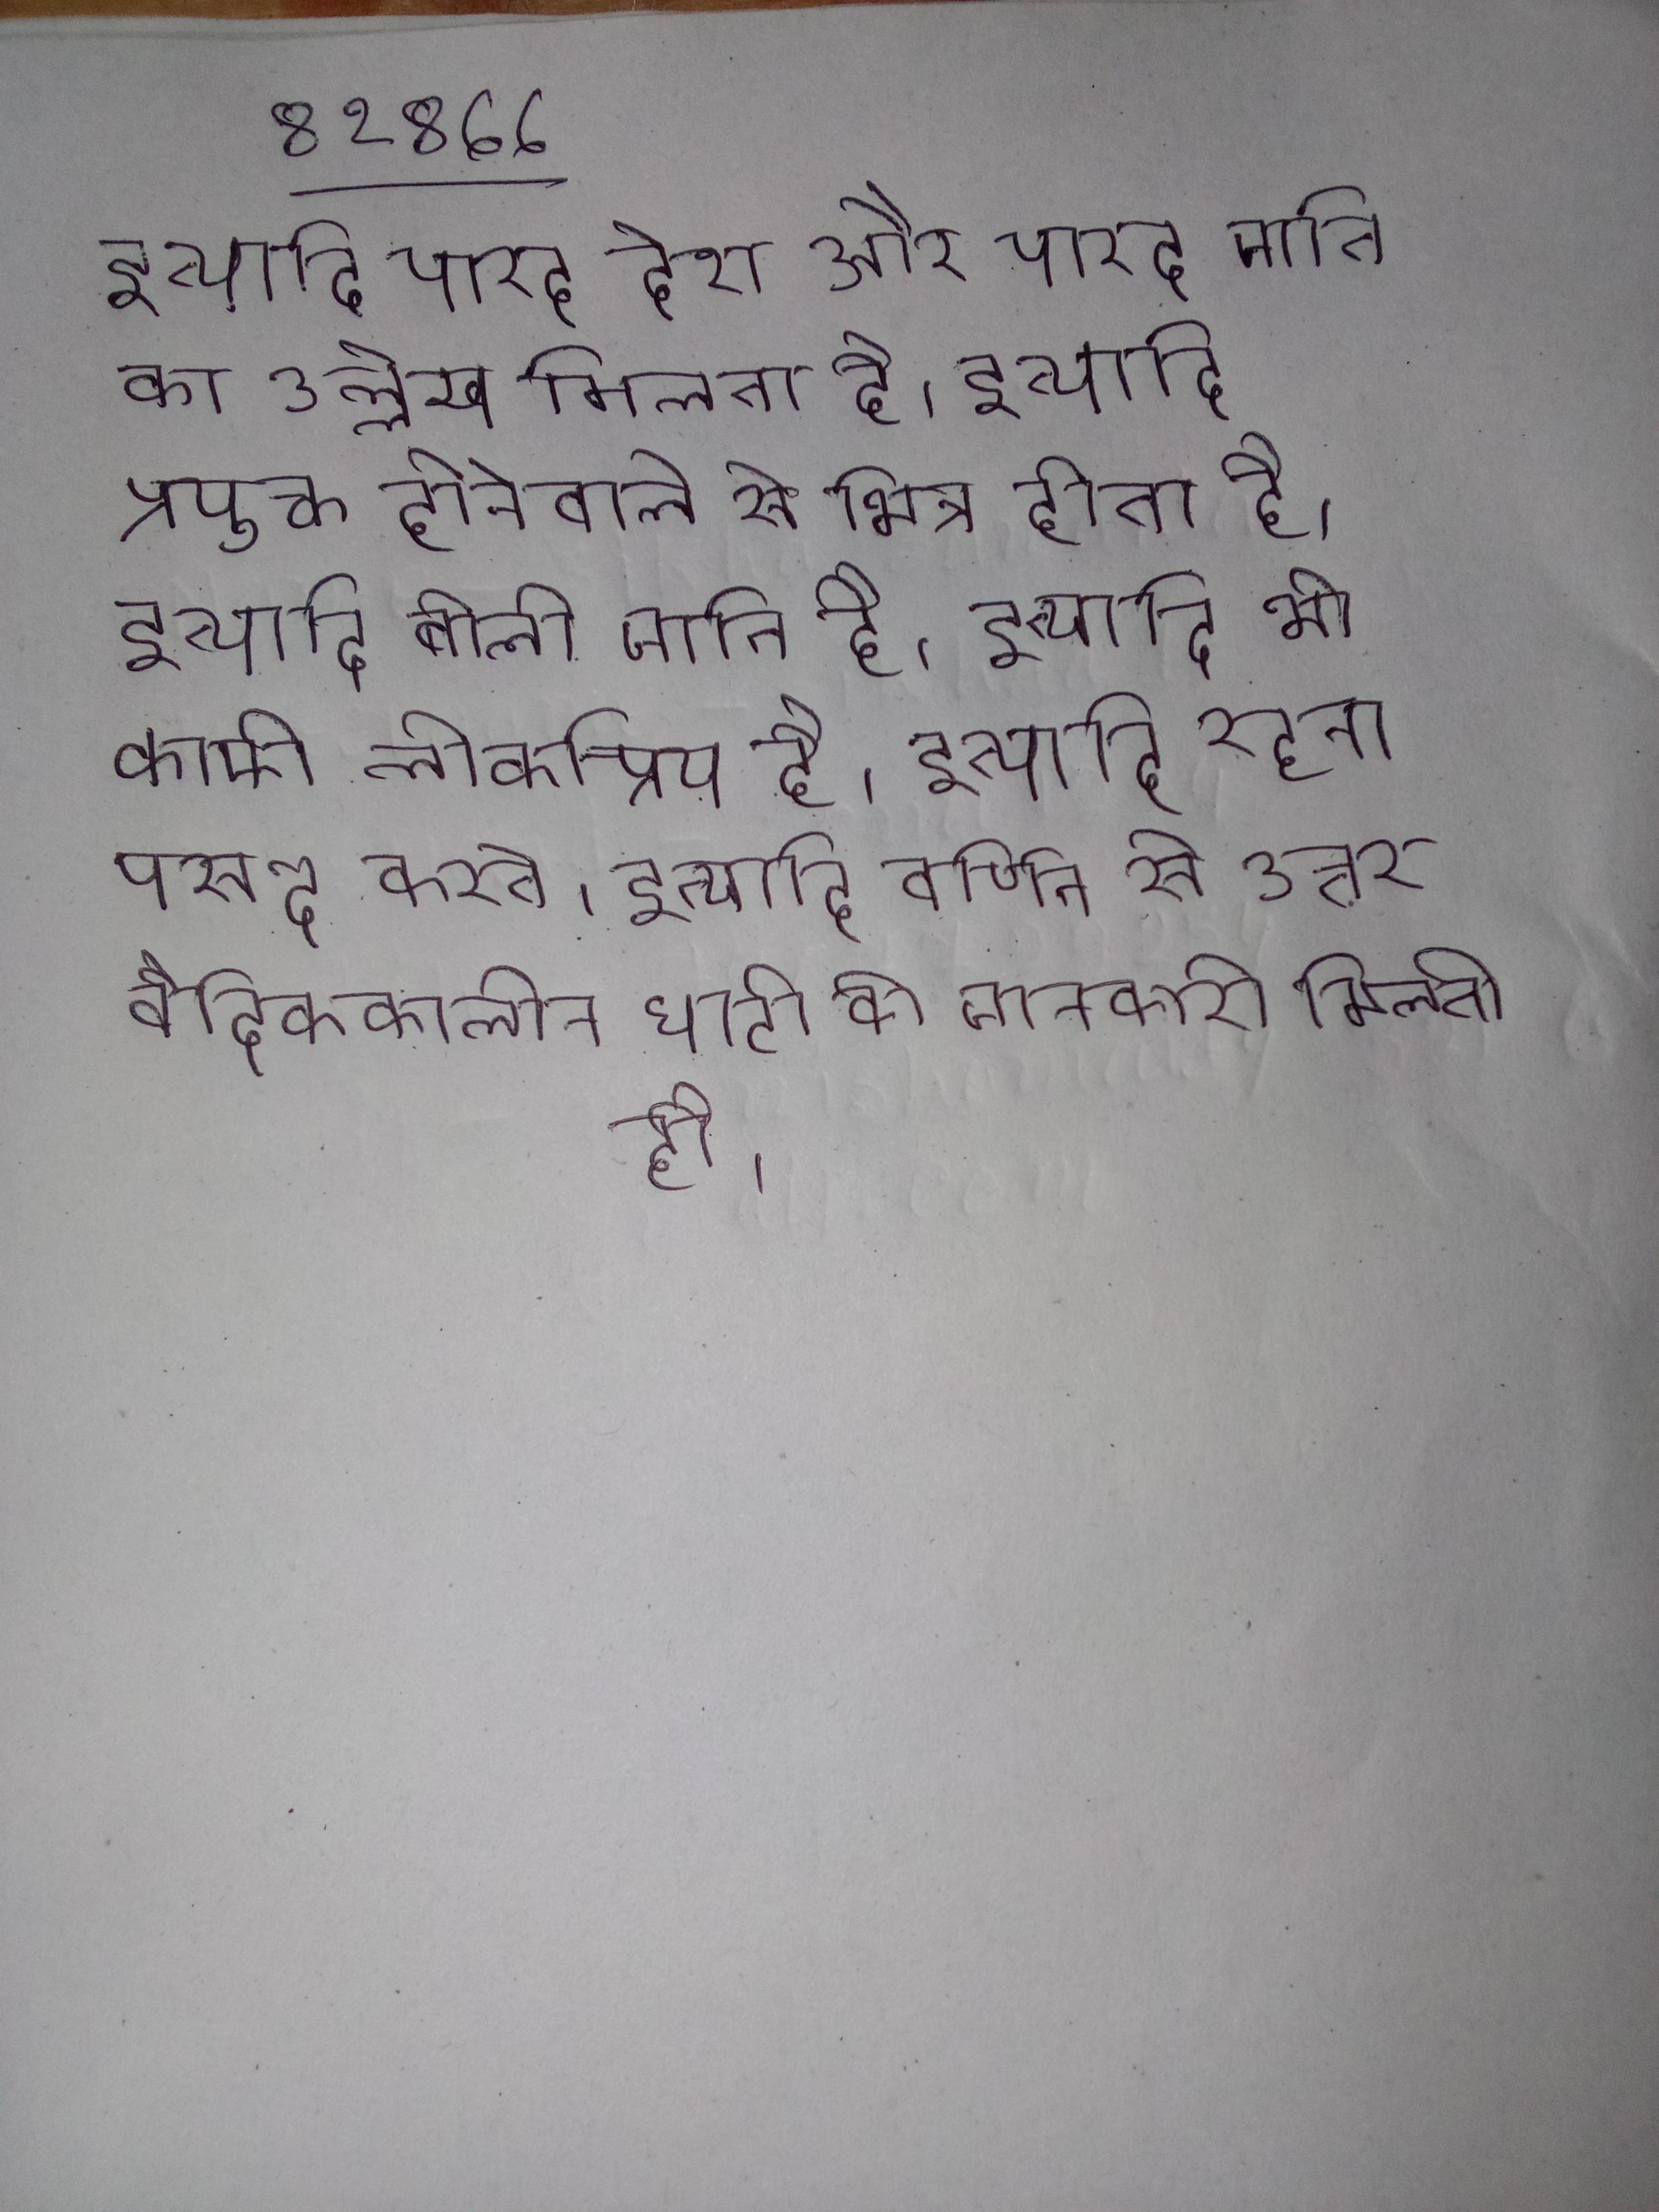
इत्यादि पारद देश और पारद जाति का उल्लेख मिलता है । इत्यादि प्रयुक्त होनेवाले से भिन्न होता है । इत्यादि बोली जाती है । इत्यादि भी काफी लोकप्रिय है । इत्यादि रहना पसन्द करते । इत्यादि वर्णित से उत्तर वैदिककालीन घाटी की जानकारी मिलती है ।